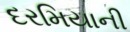
દરમિયાની